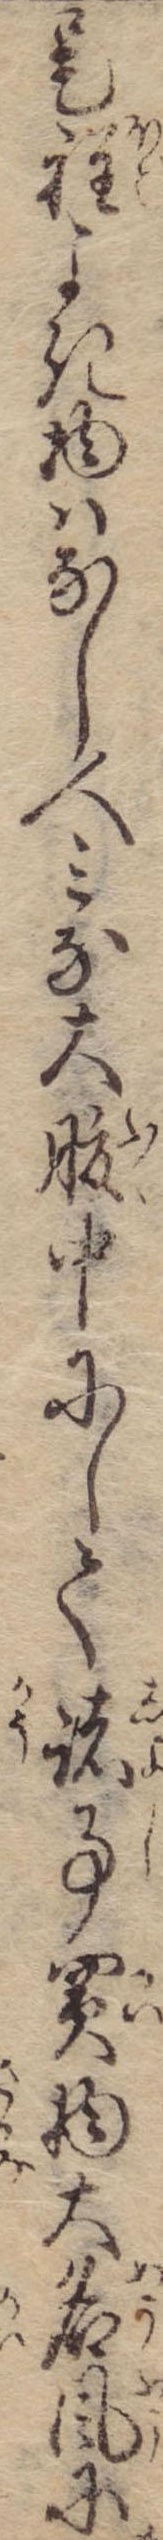
是程よき物はなし人みな大腹中にして諸事買物大名風に